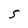
Character: S